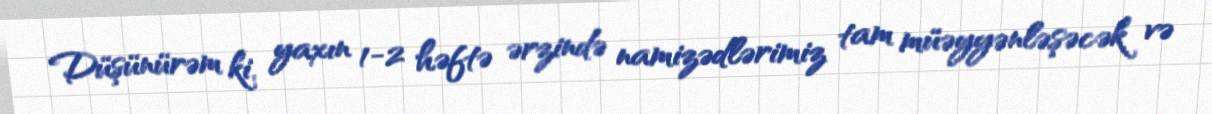
Düşünürəm ki, yaxın 1-2 həftə ərzində namizədlərimiz tam müəyyənləşəcək və